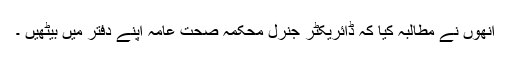
انھوں نے مطالبہ کیا کہ ڈائریکٹر جنرل محکمہ صحت عامہ اپنے دفتر میں بیٹھیں ۔